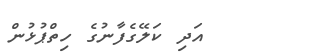
އަދި ކަލޭގެފާނުގެ ހިތްޕުޅުން